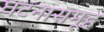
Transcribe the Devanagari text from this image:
घटनासमूह